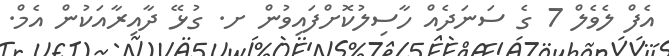
އެފް ލެވެލް 7 ގެ ސަނަދެއް ހާސިލުކޮށްފައިވުން ށ. ގުޅޭ ދާއިރާއަކުން އެމް.